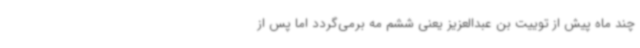
چند ماه پیش از توییت بن عبدالعزیز یعنی ششم مه برمی‌گردد اما پس از